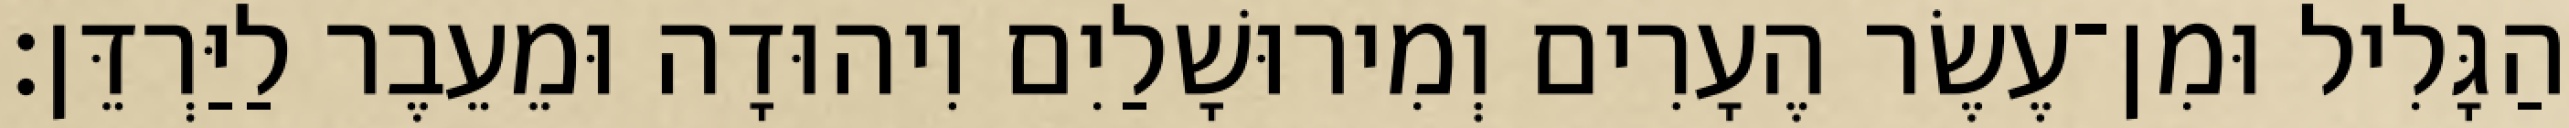
הַגָּלִיל וּמִן־עֶשֶׂר הֶעָרִים וְמִירוּשָׁלַיִם וִיהוּדָה וּמֵעֵבֶר לַיַּרְדֵּן׃